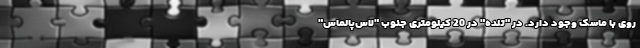
روی با ماسک وجود دارد. در "تلده" در 20 کیلومتری جنوب "لاس‌پالماس"